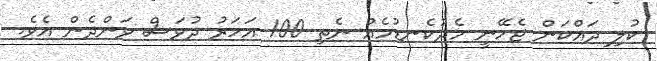
ކުލި ދައްކަން ޖެހޭނީ މެދުކެނޑުމެއް ނެތި 100 އަހަރު ދުވަސް ވަންދެން އެވެ.